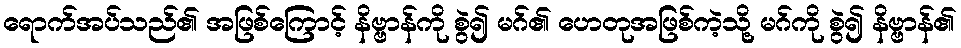
ရောက်အပ်သည်၏ အဖြစ်ကြောင့် နိဗ္ဗာန်ကို စွဲ၍ မဂ်၏ ဟေတုအဖြစ်ကဲ့သို့ မဂ်ကို စွဲ၍ နိဗ္ဗာန်၏